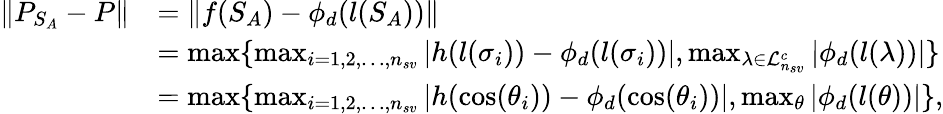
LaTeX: \begin{array}{rl}{\| P_{S_{A}}-P\| }&{=\| f(S_{A})-\phi_{d}(l(S_{A}))\| }\\ &{=\operatorname*{max}\{ \operatorname*{max}_{i=1,2,\ldots,n_{sv}}|h(l(\sigma_{i}))-\phi_{d}(l(\sigma_{i}))|,\operatorname*{max}_{\lambda\in\mathcal{L}_{n_{sv}}^{c}}|\phi_{d}(l(\lambda))|\} }\\ &{=\operatorname*{max}\{ \operatorname*{max}_{i=1,2,\ldots,n_{sv}}|h(\cos(\theta_{i}))-\phi_{d}(\cos(\theta_{i}))|,\operatorname*{max}_{\theta}|\phi_{d}(l(\theta))|\} ,}\end{array}